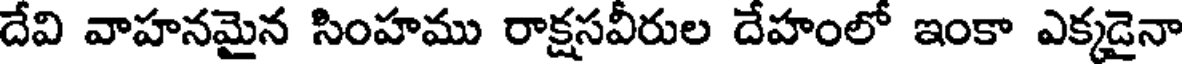
దేవి వాహనమైన సింహము రాక్షసవీరుల దేహంలో ఇంకా ఎక్కడైనా